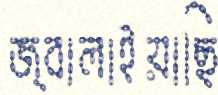
জ্বালাইয়াছি